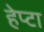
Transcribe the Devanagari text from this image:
हेप्टा